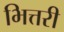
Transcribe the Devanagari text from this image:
भित्तरी